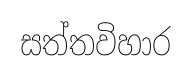
සත්තවිහාර